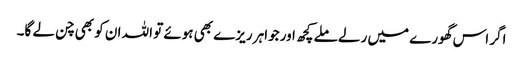
اگر اس گھورے میں رلے ملے کچھ اور جواہر ریزے بھی ہوئے تو اللہ ان کو بھی چن لے گا۔